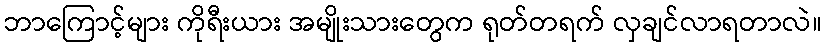
ဘာကြောင့်များ ကိုရီးယား အမျိုးသားတွေက ရုတ်တရက် လှချင်လာရတာလဲ။